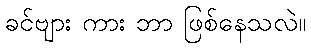
ခင်ဗျား ကား ဘာ ဖြစ်နေသလဲ။